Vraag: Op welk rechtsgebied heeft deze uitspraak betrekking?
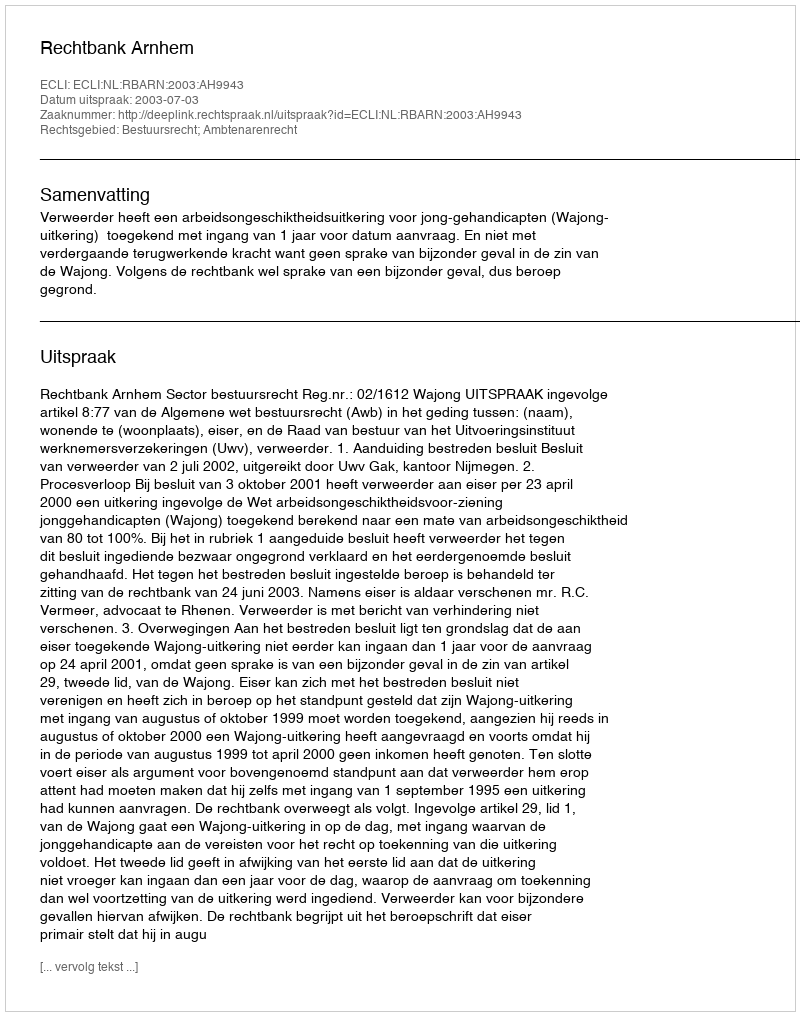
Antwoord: Bestuursrecht; Ambtenarenrecht